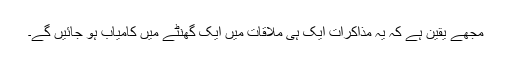
مجھے یقین ہے کہ یہ مذاکرات ایک ہی ملاقات میں ایک گھنٹے میں کامیاب ہو جائیں گے۔